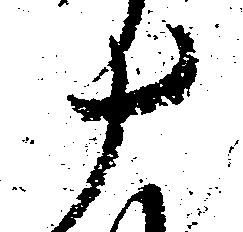
十